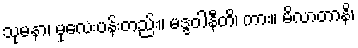
သုမနာ၊ မုလေးပန်းတည်း။ မဒ္ဒဝါနီတိ၊ ကား။ မိလာတာနိ၊